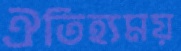
ঐতিহ্যময়